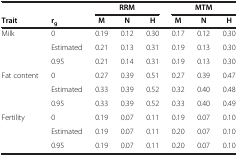
<table><thead><tr><td><b> </b></td><td><b> </b></td><td colspan="3"><b>RRM</b></td><td colspan="3"><b>MTM</b></td></tr><tr><td><b>Trait</b></td><td><b>r<sub>g</sub></b></td><td><b>M</b></td><td><b>N</b></td><td><b>H</b></td><td><b>M</b></td><td><b>N</b></td><td><b>H</b></td></tr></thead><tbody><tr><td rowspan="3">Milk</td><td>0</td><td>0.19</td><td>0.12</td><td>0.30</td><td>0.17</td><td>0.12</td><td>0.30</td></tr><tr><td>Estimated</td><td>0.21</td><td>0.13</td><td>0.31</td><td>0.19</td><td>0.13</td><td>0.30</td></tr><tr><td>0.95</td><td>0.21</td><td>0.14</td><td>0.31</td><td>0.19</td><td>0.13</td><td>0.30</td></tr><tr><td rowspan="3">Fat content</td><td>0</td><td>0.27</td><td>0.39</td><td>0.51</td><td>0.27</td><td>0.39</td><td>0.47</td></tr><tr><td>Estimated</td><td>0.33</td><td>0.39</td><td>0.52</td><td>0.32</td><td>0.40</td><td>0.48</td></tr><tr><td>0.95</td><td>0.33</td><td>0.39</td><td>0.52</td><td>0.33</td><td>0.40</td><td>0.49</td></tr><tr><td rowspan="2">Fertility</td><td>0</td><td>0.19</td><td>0.07</td><td>0.11</td><td>0.19</td><td>0.07</td><td>0.10</td></tr><tr><td>Estimated</td><td>0.19</td><td>0.07</td><td>0.11</td><td>0.20</td><td>0.07</td><td>0.10</td></tr><tr><td> </td><td>0.95</td><td>0.19</td><td>0.07</td><td>0.11</td><td>0.20</td><td>0.07</td><td>0.10</td></tr></tbody></table>